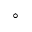
^ \circ